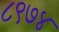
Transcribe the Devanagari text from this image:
८९७४